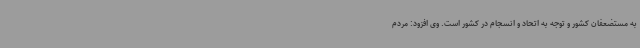
به مستضعفان کشور و توجه به اتحاد و انسجام در کشور است. وی افزود: مردم